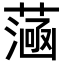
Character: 𦻭